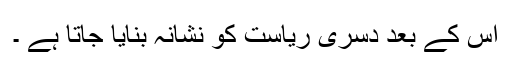
اس کے بعد دسری ریاست کو نشانہ بنایا جاتا ہے ۔